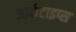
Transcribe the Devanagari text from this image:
आर्केटाइप्स